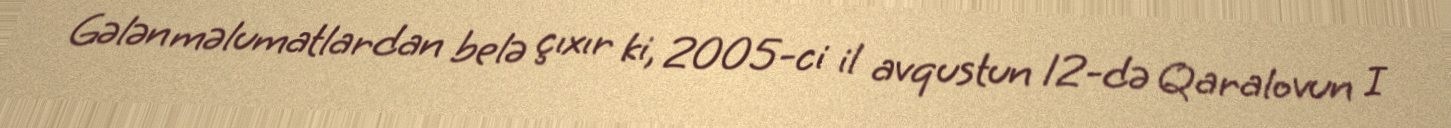
Gələn məlumatlardan belə çıxır ki, 2005-ci il avqustun 12-də Qaralovun I